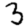
Digit: 3